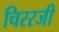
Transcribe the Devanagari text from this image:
चिररजी